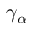
\gamma _ { \alpha }